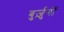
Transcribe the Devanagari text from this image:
बुर्ज़ुगों